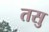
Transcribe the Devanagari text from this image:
तसु